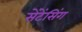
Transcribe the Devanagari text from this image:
सेंटेंसिंग